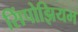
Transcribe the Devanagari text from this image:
सिंपोझियम